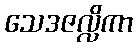
သေဒဇလ္လိကာ